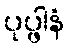
ပုပ္ဖါနံ